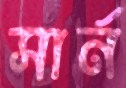
সার্ন